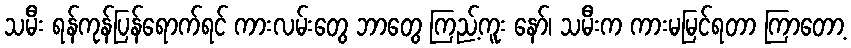
သမီး ရန်ကုန်ပြန်ရောက်ရင် ကားလမ်းတွေ ဘာတွေ ကြည့်ကူး နော်၊ သမီးက ကားမမြင်ရတာ ကြာတော့